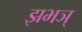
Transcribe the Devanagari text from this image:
झभञ्